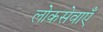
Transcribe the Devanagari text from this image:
लोकसेवाएँ